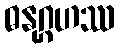
ဓနုဂ္ဂဟဿ